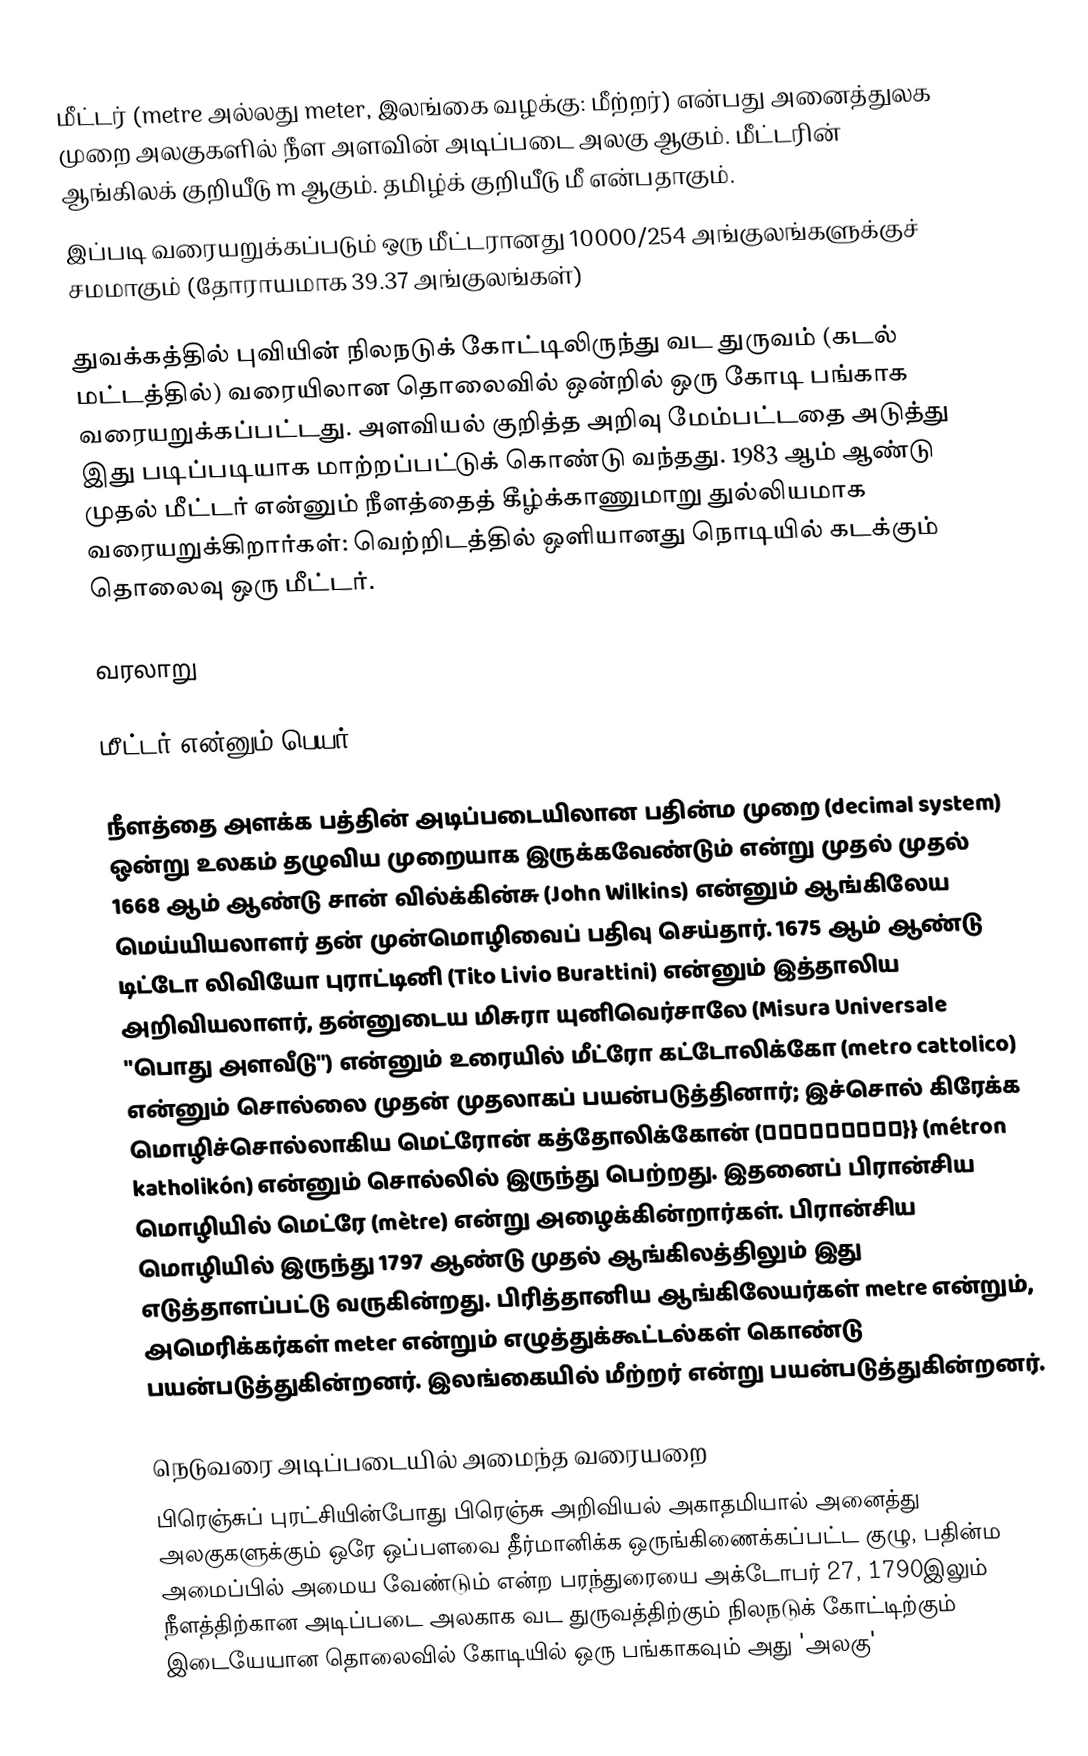
மீட்டர் (metre அல்லது meter, இலங்கை வழக்கு: மீற்றர்) என்பது அனைத்துலக முறை அலகுகளில் நீள அளவின் அடிப்படை அலகு ஆகும். மீட்டரின் ஆங்கிலக் குறியீடு m ஆகும். தமிழ்க் குறியீடு மீ என்பதாகும்.
இப்படி வரையறுக்கப்படும் ஒரு மீட்டரானது 10000/254 அங்குலங்களுக்குச் சமமாகும் (தோராயமாக 39.37 அங்குலங்கள்)

துவக்கத்தில் புவியின் நிலநடுக் கோட்டிலிருந்து வட துருவம் (கடல் மட்டத்தில்) வரையிலான தொலைவில் ஒன்றில் ஒரு கோடி பங்காக வரையறுக்கப்பட்டது. அளவியல் குறித்த அறிவு மேம்பட்டதை அடுத்து இது படிப்படியாக மாற்றப்பட்டுக் கொண்டு வந்தது. 1983 ஆம் ஆண்டு முதல் மீட்டர் என்னும் நீளத்தைத் கீழ்க்காணுமாறு துல்லியமாக  வரையறுக்கிறார்கள்: வெற்றிடத்தில் ஒளியானது  நொடியில் கடக்கும் தொலைவு  ஒரு மீட்டர்.

வரலாறு

மீட்டர் என்னும் பெயர்

நீளத்தை அளக்க பத்தின் அடிப்படையிலான பதின்ம முறை (decimal system) ஒன்று உலகம் தழுவிய முறையாக இருக்கவேண்டும் என்று முதல் முதல் 1668 ஆம் ஆண்டு சான் வில்க்கின்சு (John Wilkins) என்னும் ஆங்கிலேய மெய்யியலாளர் தன் முன்மொழிவைப் பதிவு செய்தார்.  1675 ஆம் ஆண்டு டிட்டோ லிவியோ புராட்டினி  (Tito Livio Burattini) என்னும் இத்தாலிய அறிவியலாளர், தன்னுடைய மிசுரா யுனிவெர்சாலே (Misura Universale "பொது அளவீடு") என்னும் உரையில் மீட்ரோ கட்டோலிக்கோ (metro cattolico) என்னும் சொல்லை முதன் முதலாகப் பயன்படுத்தினார்; இச்சொல் கிரேக்க மொழிச்சொல்லாகிய மெட்ரோன் கத்தோலிக்கோன் (καθολικόν}} (métron katholikón) என்னும் சொல்லில் இருந்து பெற்றது. இதனைப் பிரான்சிய மொழியில் மெட்ரே (mètre) என்று அழைக்கின்றார்கள். பிரான்சிய மொழியில் இருந்து 1797 ஆண்டு முதல் ஆங்கிலத்திலும் இது எடுத்தாளப்பட்டு வருகின்றது. பிரித்தானிய ஆங்கிலேயர்கள் metre என்றும், அமெரிக்கர்கள் meter என்றும் எழுத்துக்கூட்டல்கள் கொண்டு பயன்படுத்துகின்றனர். இலங்கையில் மீற்றர் என்று பயன்படுத்துகின்றனர்.

நெடுவரை அடிப்படையில் அமைந்த வரையறை
பிரெஞ்சுப் புரட்சியின்போது  பிரெஞ்சு அறிவியல் அகாதமியால் அனைத்து அலகுகளுக்கும் ஒரே  ஒப்பளவை தீர்மானிக்க ஒருங்கிணைக்கப்பட்ட குழு, பதின்ம அமைப்பில் அமைய வேண்டும் என்ற பரந்துரையை அக்டோபர் 27, 1790இலும் நீளத்திற்கான அடிப்படை அலகாக  வட துருவத்திற்கும்  நிலநடுக் கோட்டிற்கும் இடையேயான தொலைவில் கோடியில் ஒரு பங்காகவும் அது  'அலகு'